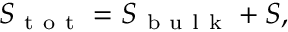
S _ { \mathrm { ~ t ~ o ~ t ~ } } = S _ { \mathrm { ~ b ~ u ~ l ~ k ~ } } + S ,